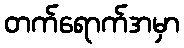
တက်ရောက်အမှာ